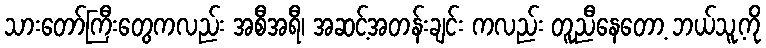
သားတော်ကြီးတွေကလည်း အစီအရီ၊ အဆင့်အတန်းချင်း ကလည်း တူညီနေတော့ ဘယ်သူ့ကို